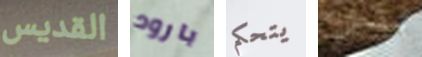
القديس بارود يتحكم مشمس